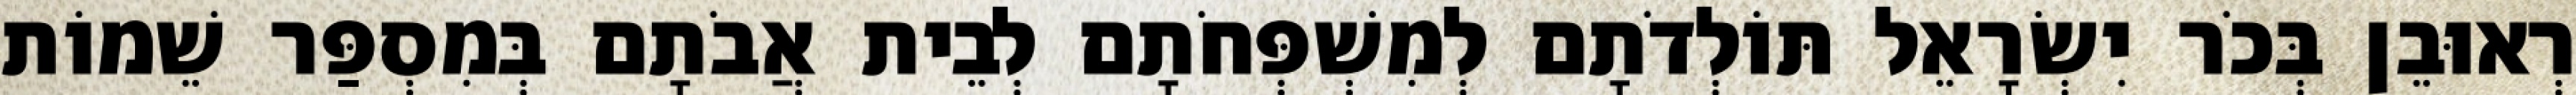
רְאוּבֵן בְּכֹר יִשְׂרָאֵל תּוֹלְדֹתָם לְמִשְׁפְּחֹתָם לְבֵית אֲבֹתָם בְּמִסְפַּר שֵׁמוֹת